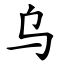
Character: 乌